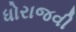
ધોરાજવી